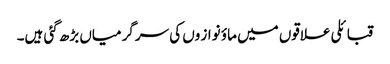
قبائلی علاقوں میں ماؤ نواز وں کی سرگرمیاں بڑھ گئی ہیں۔